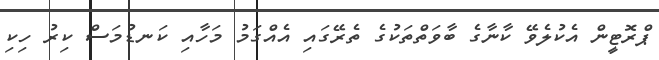
ޕްރޮޓީން އެކުލެވޭ ކާނާގެ ބާވަތްތަކުގެ ތެރޭގައި އެއްގަމު މަހާއި ކަނޑުމަސް ކިރު ހިކި